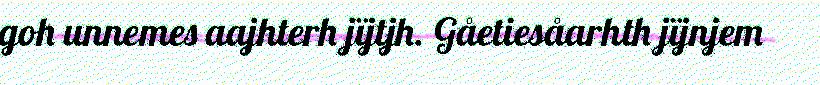
goh unnemes aajhterh jïjtjh. Gåetiesåarhth jïjnjem